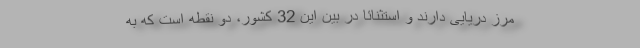
مرز دریایی دارند و استثنائاً در بین این 32 کشور، دو نقطه است که به